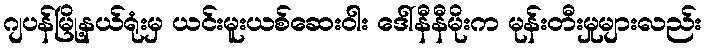
ဂျပန်မြို့နယ်ရုံးမှ ယင်းမူးယစ်ဆေးဝါး ဒေါ်နီနီမိုးက မုန်းတီးမှုများလည်း